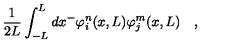
\frac { 1 } { 2 L } \int _ { - L } ^ { L } d x ^ { - } \varphi _ { i } ^ { n } ( x , L ) \varphi _ { j } ^ { m } ( x , L ) \quad ,